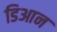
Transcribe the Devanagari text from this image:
डिआन